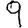
Digit: 9